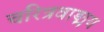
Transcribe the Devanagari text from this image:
चरित्रवाङ्मय